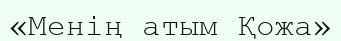
«Менің атым Қожа»